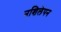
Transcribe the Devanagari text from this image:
नशिलेपन